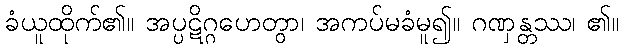
ခံယူထိုက်၏။ အပ္ပဋိဂ္ဂဟေတွာ၊ အကပ်မခံမူ၍။ ဂဏှန္တဿ၊ ၏။